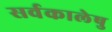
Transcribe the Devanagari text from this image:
सर्वकालेषु